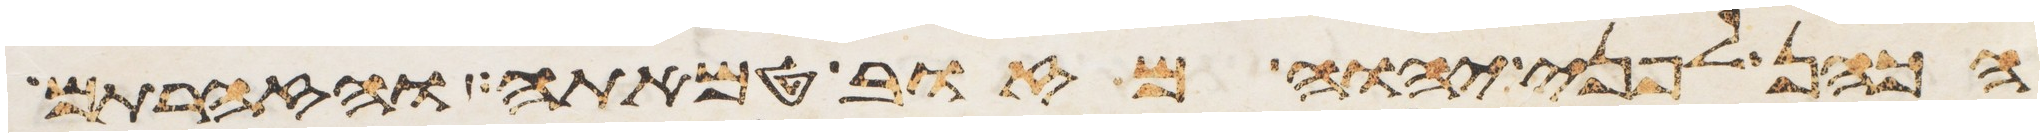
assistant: הכהן לפני יהוה מזוב טמאתה והזהרתם